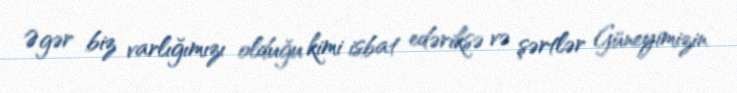
Əgər biz varlığımızı olduğu kimi isbat edəriksə və şərtlər Güneyimizin